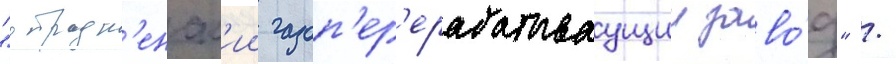
"отрадн'енск'ии газоп'ер'ерабатываущии заво́д" /